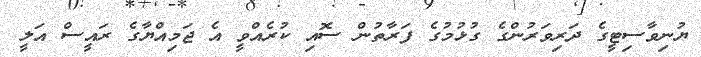
ޔުނިވާސިޓީގެ ދަރިވަރުންގެ ގުޅުމުގެ ފަރާތުން ސޮއި ކުރެއްވީ އެ ޖަމިއްޔާގެ ރައީސް އަލީ